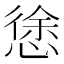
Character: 𭞃